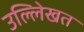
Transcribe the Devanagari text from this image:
उल्लेिखत